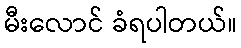
မီးလောင် ခံရပါတယ်။